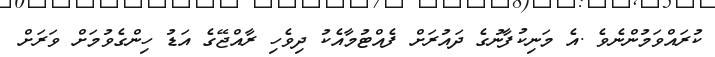
ކުރައްވަމުންނެވެ .އެ މަނިކުފާނުގެ ދައުރަށް ފެއްޓުމާއެކު ދިވެހި ރާއްޖޭގެ އަޑު ހިންގެވުމަށް ވަރަށް